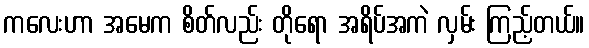
ကလေးဟာ အမေက စိတ်လည်း တိုရော အရိပ်အကဲ လှမ်း ကြည့်တယ်။